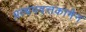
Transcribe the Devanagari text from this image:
प्रत्यपदत्तकामेन